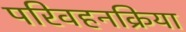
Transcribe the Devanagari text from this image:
परिवहनक्रिया